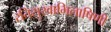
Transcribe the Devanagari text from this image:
रतिसुखाभिलाषिणी